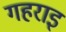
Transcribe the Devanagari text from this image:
गहराइ